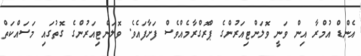
އެންޑް އުމްރާ އިން ވަނީ ވޮލަންޓިއަރުންގެ ޕްރޮގްރާމެއްވެސް ފަށާފައެވެ. ވޮލަންޓިއަރުންގެ ގޮތުގައި މަސައްކަތް